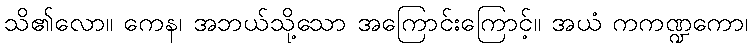
သိ၏လော။ ကေန၊ အဘယ်သို့သော အကြောင်းကြောင့်။ အယံ ကကဏ္ဍကော၊